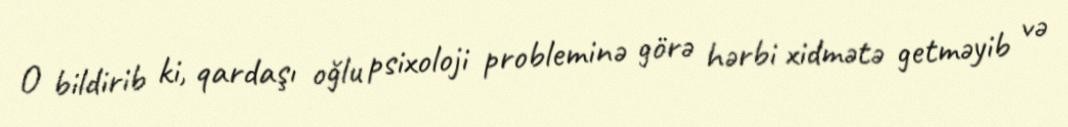
O bildirib ki, qardaşı oğlu psixoloji probleminə görə hərbi xidmətə getməyib və